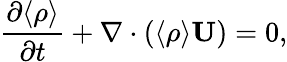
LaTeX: \frac{\partial\langle{\rho}\rangle}{\partial t}+\nabla\cdot(\langle{\rho}\rangle{\mathbf{U}})=0,